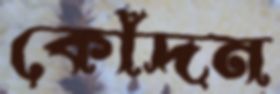
কোঁদন